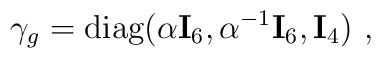
\gamma_g={\mbox{diag}}(\alpha{\bf I}_6,\alpha^{-1} {\bf I}_6,{\bf I}_4)~,